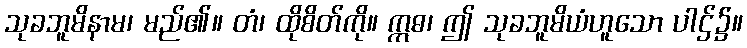
သုခဘူမိနာမ၊ မည်၏။ တံ၊ ထိုစိတ်ကို။ ဣဓ၊ ဤ သုခဘူမိယံဟူသော ပါဌ်၌။